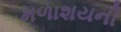
મળાશયની